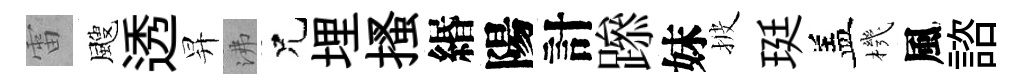
雷颼透昇沸兄埋搔緡陽計𨅶妹披珽盖機風諮